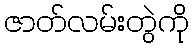
ဇာတ်လမ်းတွဲကို